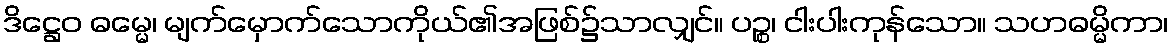
ဒိဋ္ဌေဝ ဓမ္မေ၊ မျက်မှောက်သောကိုယ်၏အဖြစ်၌သာလျှင်။ ပဉ္စ၊ ငါးပါးကုန်သော။ သဟဓမ္မိကာ၊